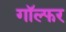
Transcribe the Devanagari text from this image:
गॉल्फर